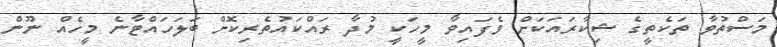
މަސްތުވާ ތަކެތީގެ ޝިކާރައަކަށް ވެފައިވާ މީހަކީ މުދާ ރައްކައުތެރިކޮށް ބަލަހައްޓާނެ މީހެއް ނޫން